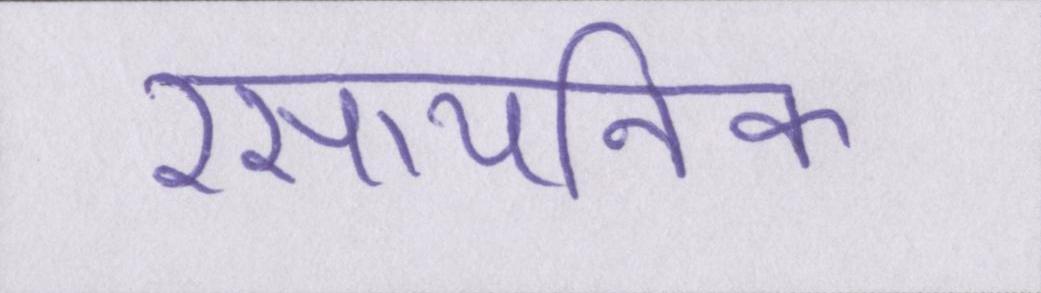
रसायनिक